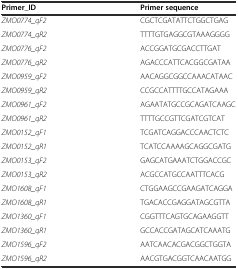
<table><thead><tr><td><b>Primer_ID</b></td><td><b>Primer sequence</b></td></tr></thead><tbody><tr><td><i>ZMO0774_qF2</i></td><td>CGCTCGATATTCTGGCTGAG</td></tr><tr><td><i>ZMO0774_qR2</i></td><td>TTTTGTGAGGCGTAAAGGGG</td></tr><tr><td><i>ZMO0776_qF2</i></td><td>ACCGGATGCGACCTTGAT</td></tr><tr><td><i>ZMO0776_qR2</i></td><td>AGACCCATTCACGGCGATAA</td></tr><tr><td><i>ZMO0959_qF2</i></td><td>AACAGGCGGCCAAACATAAC</td></tr><tr><td><i>ZMO0959_qR2</i></td><td>CCGCCATTTTGCCATAGAAA</td></tr><tr><td><i>ZMO0961_qF2</i></td><td>AGAATATGCCGCAGATCAAGC</td></tr><tr><td><i>ZMO0961_qR2</i></td><td>TTTTGCCGTTCGATCGTCAT</td></tr><tr><td><i>ZMO0152_qF1</i></td><td>TCGATCAGGACCCAACTCTC</td></tr><tr><td><i>ZMO0152_qR1</i></td><td>TCATCCAAAAGCAGGCGATG</td></tr><tr><td><i>ZMO0153_qF2</i></td><td>GAGCATGAAATCTGGACCGC</td></tr><tr><td><i>ZMO0153_qR2</i></td><td>ACGCCATGCCAATTTCACG</td></tr><tr><td><i>ZMO1608_qF1</i></td><td>CTGGAAGCCGAAGATCAGGA</td></tr><tr><td><i>ZMO1608_qR1</i></td><td>TGACACCGAGGATAGCGTTA</td></tr><tr><td><i>ZMO1360_qF1</i></td><td>CGGTTTCAGTGCAGAAGGTT</td></tr><tr><td><i>ZMO1360_qR1</i></td><td>GCCACCGATAGCATCAAATG</td></tr><tr><td><i>ZMO1596_qF2</i></td><td>AATCAACACGACGGCTGGTA</td></tr><tr><td><i>ZMO1596_qR2</i></td><td>AACGTGACGGTCAACAATGG</td></tr></tbody></table>